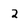
Character: 2